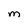
Character: M